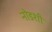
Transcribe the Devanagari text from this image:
नोडशी